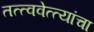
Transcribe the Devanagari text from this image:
तत्त्ववेत्त्यांचा